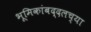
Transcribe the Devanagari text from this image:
भूमिकांबद्दलच्या